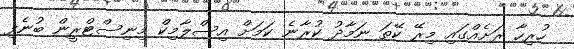
ހުރިހާ ރަށެއްގައި މިރޭ ކޭތަ ނަމާދު ކުރާނެ ކަމަށް އިސްލާމިކް މިނިސްޓްރީން ބުނެފި